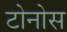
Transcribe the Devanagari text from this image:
टोनोस